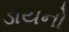
ડાયનો